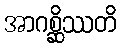
အာဂစ္ဆိဿတိ